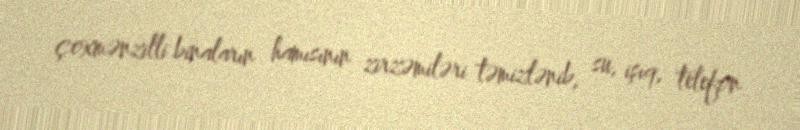
çoxmənzilli binaların hamısının zirzəmiləri təmizlənib, su, işıq, telefon